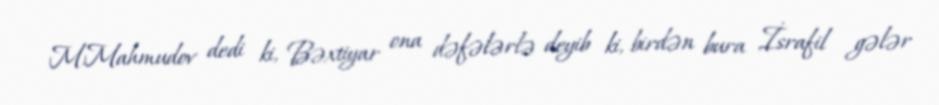
M.Mahmudov dedi ki, Bəxtiyar ona dəfələrlə deyib ki, birdən bura İsrafil gələr